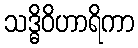
သဒ္ဓိဝိဟာရိကာ